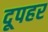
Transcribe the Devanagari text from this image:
दूपहर